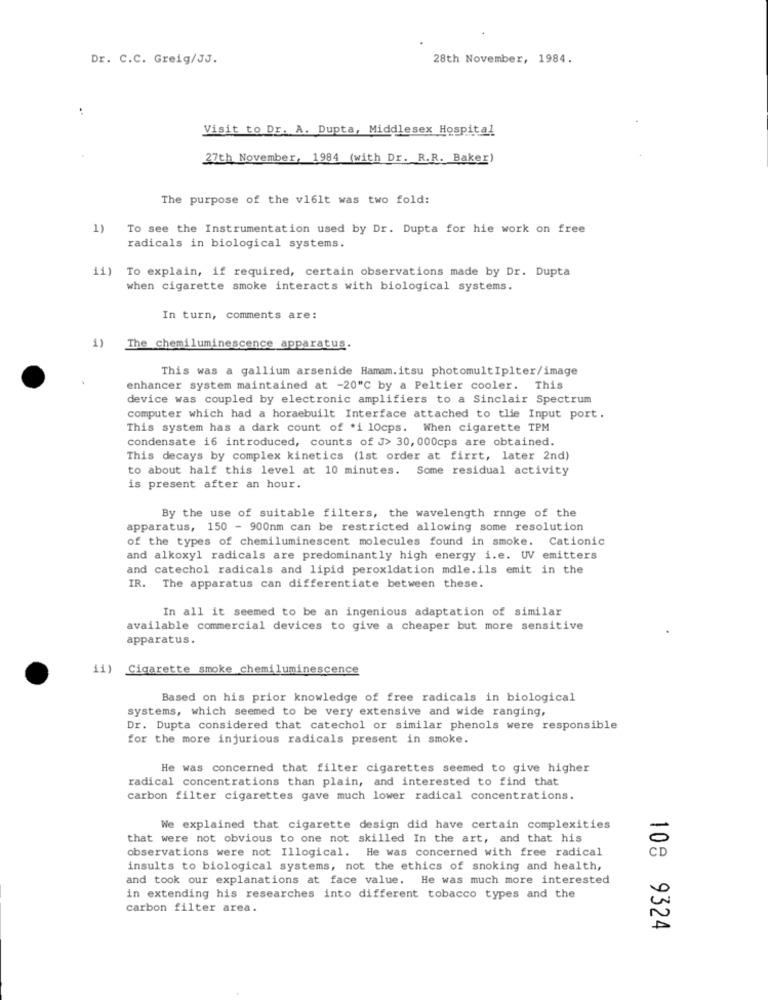
Dr. C.C. Greig/JJ.
28th November, 1984.
Visit to Dr. A. Dupta, Middlesex Hospital
27th November, 1984 (with Dr. R.R. Baker)
The purpose of the v16lt was two fold:
1)
To see the Instrumentation used by Dr. Dupta for hie work on free
radicals in biological systems.
ii) To explain, if required, certain observations made by Dr. Dupta
when cigarette smoke interacts with biological systems.
In turn, comments are:
1)
The chemiluminescence apparatus.
This was a gallium arsenide Hamam.itsu photomultIplter/image
enhancer system maintained at -20"℃ by a Peltier cooler. This
device was coupled by electronic amplifiers to a Sinclair Spectrum
computer which had a horaebuilt Interface attached to tlie Input port.
This system has a dark count of *i 10cps. When cigarette TPM
condensate i6 introduced, counts of J> 30, 000cps are obtained.
This decays by complex kinetics (1st order at firrt, later 2nd)
to about half this level at 10 minutes. Some residual activity
is present after an hour.
By the use of suitable filters, the wavelength range of the
apparatus, 150 - 900nm can be restricted allowing some resolution
of the types of chemiluminescent molecules found in smoke. Cationic
and alkoxyl radicals are predominantly high energy i.e. UV emitters
and catechol radicals and lipid peroxidation mdle.ils emit in the
IR. The apparatus can differentiate between these.
In all it seemed to be an ingenious adaptation of similar
available commercial devices to give a cheaper but more sensitive
apparatus.
ii) Cigarette smoke chemiluminescence
Based on his prior knowledge of free radicals in biological
systems, which seemed to be very extensive and wide ranging,
Dr. Dupta considered that catechol or similar phenols were responsible
for the more injurious radicals present in smoke.
He was concerned that filter cigarettes seemed to give higher
radical concentrations than plain, and interested to find that
carbon filter cigarettes gave much lower radical concentrations.
We explained that cigarette design did have certain complexities
that were not obvious to one not skilled In the art, and that his
observations were not Illogical. He was concerned with free radical
insults to biological systems, not the ethics of snoking and health,
and took our explanations at face value. He was much more interested
in extending his researches into different tobacco types and the
carbon filter area.
108 9324